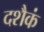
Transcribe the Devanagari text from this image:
दशैकं